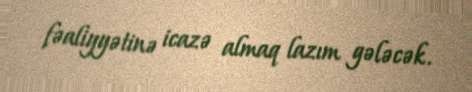
fəaliyyətinə icazə almaq lazım gələcək.